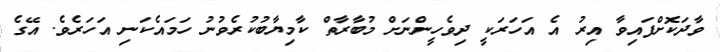
ވާދަކޮށްފައިވާ އިރު އެ އަހަރަކީ ދިވެހީންނަށް މުބާރާތް ކާމިޔާބުކުރެވުނު ހަމައެކަނި އަހަރެވެ. އޭގެ